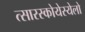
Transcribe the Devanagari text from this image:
त्सारस्कोयेस्येलो